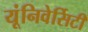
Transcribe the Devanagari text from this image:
यूंनिवेर्सिटी